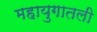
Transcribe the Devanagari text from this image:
महायुगातली